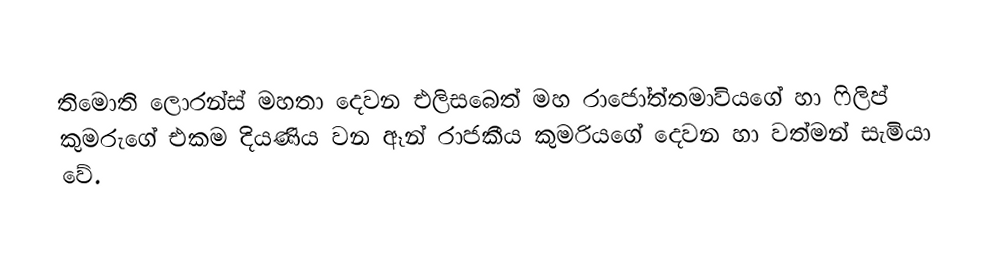
තිමොති ලොරන්ස් මහතා දෙවන එලිසබෙත් මහ රාජෝත්තමාවියගේ හා ෆිලිප් කුමරුගේ එකම දියණිය වන ඈන් රාජකීය කුමරියගේ දෙවන හා වත්මන් සැමියා වේ.